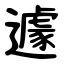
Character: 遽